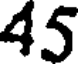
45